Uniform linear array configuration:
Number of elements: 32
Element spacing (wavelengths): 0.75
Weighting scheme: uniform
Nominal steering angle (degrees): -15
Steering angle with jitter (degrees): -14.438
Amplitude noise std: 0.05
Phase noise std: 0.05

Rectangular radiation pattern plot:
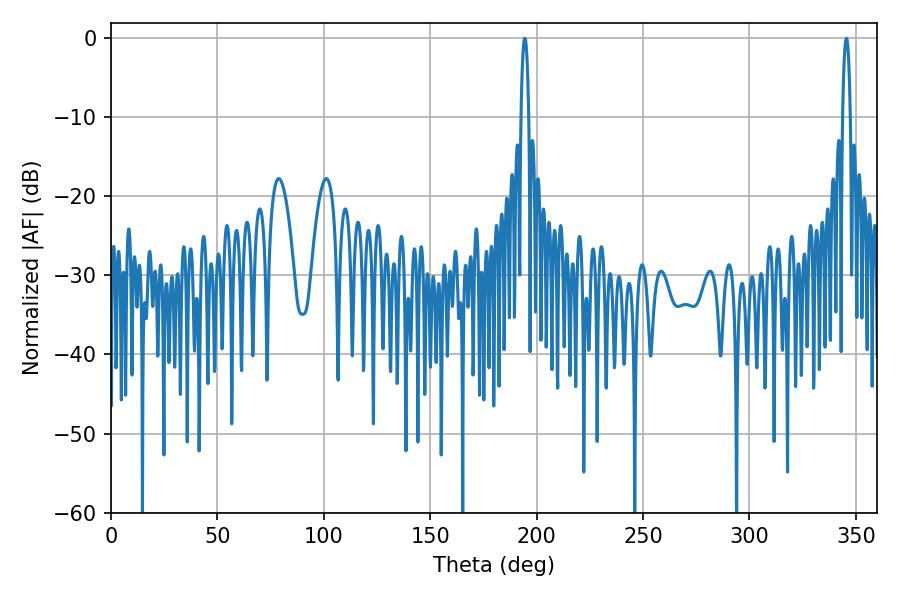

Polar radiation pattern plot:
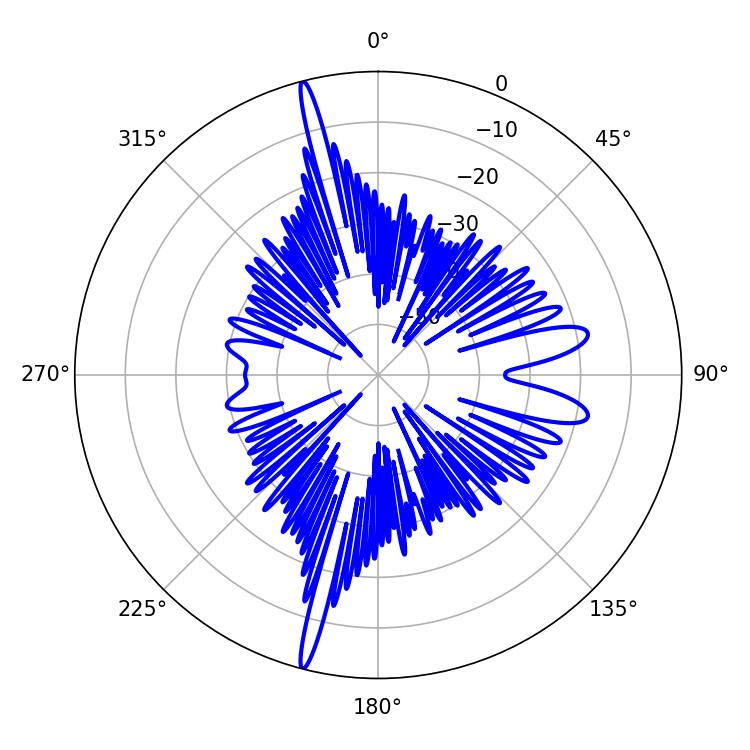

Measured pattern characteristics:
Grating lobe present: TRUE
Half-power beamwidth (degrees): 1.98
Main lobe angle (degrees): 194.4